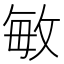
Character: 敏